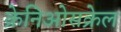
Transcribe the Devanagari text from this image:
क्रेनिओसक्रेल